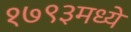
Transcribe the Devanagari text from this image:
१७९३मध्ये